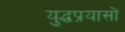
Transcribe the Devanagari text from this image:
युद्धप्रयासों